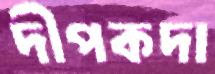
দীপকদা